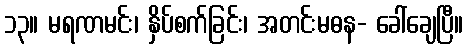
၁၃။ မရဏမင်း၊ နှိပ်စက်ခြင်း၊ အတင်းမဓန- ခေါ်ချေပြီ။